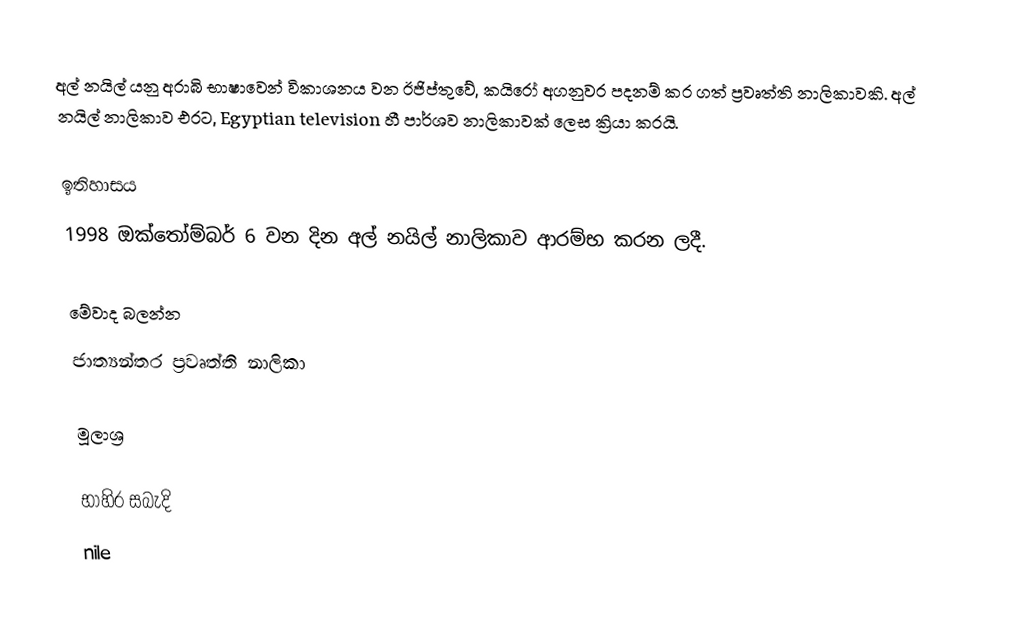
අල් නයිල් යනු අරාබි භාෂාවෙන් විකාශනය වන ඊජිප්තුවේ, කයිරෝ අගනුවර පදනම් කර ගත් ප්‍රවෘත්ති නාලිකාවකි. අල් නයිල් නාලිකාව එරට, Egyptian television හී පාර්ශව නාලිකාවක් ලෙස ක්‍රියා කරයි.

ඉතිහාසය
1998 ඔක්තෝම්බර් 6 වන දින අල් නයිල් නාලිකාව ආරම්භ කරන ලදී.

මේවාද බලන්න
 ජාත්‍යන්තර ප්‍රවෘත්ති නාලිකා

මූලාශ්‍ර

භාහිර සබැදි
 nile